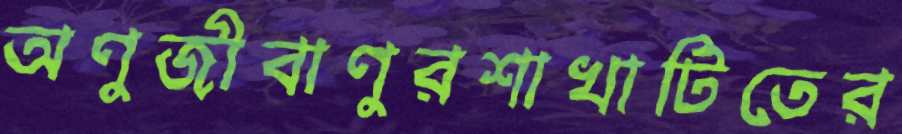
অণুজীবাণুরশাখাটিতের